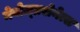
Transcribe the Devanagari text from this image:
नेवोज़्व्रशेनेत्स